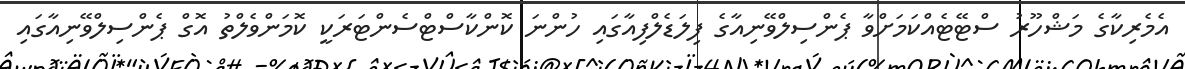
އެމެރިކާގެ މަޝްހޫރު ސްޓޭޓެއްކަމަށްވާ ޕެންސިލްވޭނިއާގެ ފިލަޑެލްފިއާގައި ހުންނަ ކޮންކާސްޓްސެންޓަރަކީ ކޮމަންވެލްތު އޮގް ޕެންސިލްވޭނިއާގައި